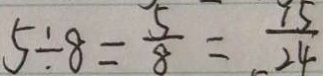
5 \div 8 = \frac { 5 } { 8 } = \frac { 1 5 } { 2 4 }